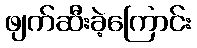
ဖျက်ဆီးခဲ့ကြောင်း